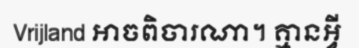
Vrijland អាចពិចារណា។ គ្មានអ្វី